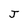
Character: J